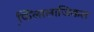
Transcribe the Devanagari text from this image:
फि़लालाजिकल